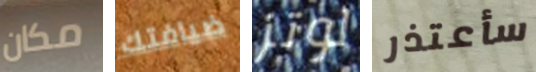
مكان ضيافتك لوتز سأعتذر